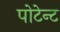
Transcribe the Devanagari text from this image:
पोटेन्ट